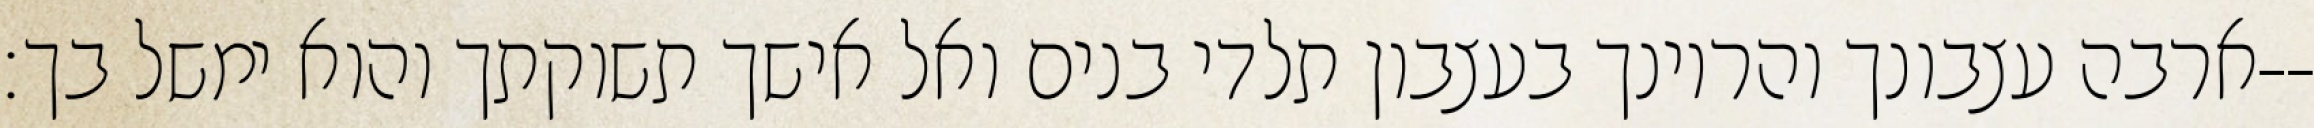
ארבה עצבונך והריונך בעצבון תלדי בנים ואל אישך תשוקתך והוא ימשל בך׃--